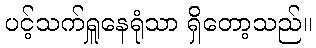
ပင့်သက်ရှူနေရုံသာ ရှိတော့သည်။